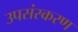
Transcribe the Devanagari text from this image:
उपसंस्करण